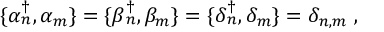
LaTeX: \{ \alpha { ^ \dagger _ { n } } , \alpha _ { m } \} = \{ \beta { _ n ^ { \dagger } } , \beta _ { m } \} = \{ \delta { _ n ^ { \dagger } } , \delta _ { m } \} = \delta _ { n , m } \; ,